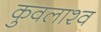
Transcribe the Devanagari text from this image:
कुवलाश्व